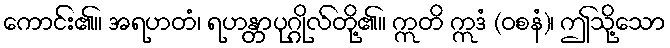
ကောင်း၏။ အရဟတံ၊ ရဟန္တာပုဂ္ဂိုလ်တို့၏။ ဣတိ ဣဒံ (ဝစနံ)၊ ဤသို့သော